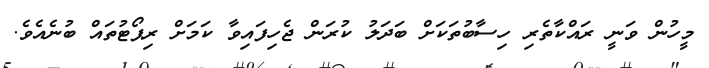
މީހުން ވަނީ ރައްކާތެރި ހިސާބުތަކަށް ބަދަލު ކުރަން ޖެހިފައިވާ ކަމަށް ރިޕޯޓުތައް ބުނެއެވެ.